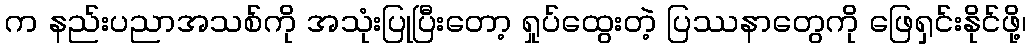
က နည်းပညာအသစ်ကို အသုံးပြုပြီးတော့ ရှုပ်ထွေးတဲ့ ပြဿနာတွေကို ဖြေရှင်းနိုင်ဖို့၊